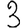
Digit: 3